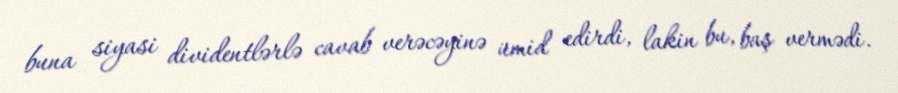
buna siyasi dividentlərlə cavab verəcəyinə ümid edirdi, lakin bu, baş vermədi.